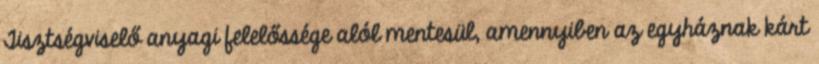
Tisztségviselő anyagi felelőssége alól mentesül, amennyiben az egyháznak kárt